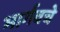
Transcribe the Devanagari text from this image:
भार्गवचे